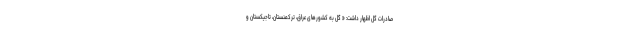
صادرات گل اظهار داشت: « گل به کشورهای عراق، ترکمنستان، تاجیکستان و